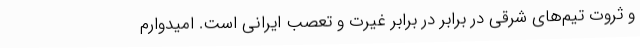
و ثروت تیم‌های شرقی در برابر در برابر غیرت و تعصب ایرانی است. امیدوارم